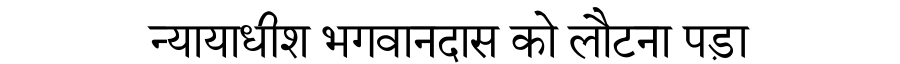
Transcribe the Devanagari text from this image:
न्यायाधीश भगवानदास को लौटना पड़ा